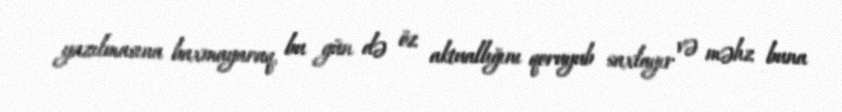
yazılmasına baxmayaraq, bu gün də öz aktuallığını qoruyub saxlayır və məhz buna